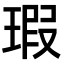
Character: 瑕